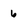
Character: 6